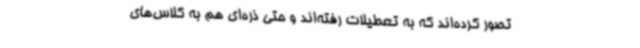
تصور کرده‌اند که به تعطیلات رفته‌اند و حتی ذره‌ای هم به کلاس‌های